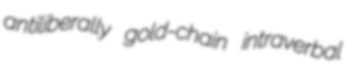
antiliberally gold-chain intraverbal